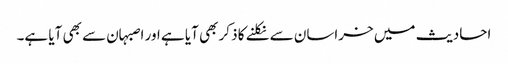
احادیث میں خراسان سے نکلنے کا ذکر بھی آیا ہے اور اصبہان سے بھی آیا ہے۔